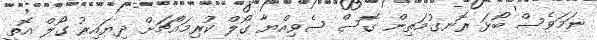
ނަމަވެސް ބޯޅަ ރޮނގުމަތިން ގޮސް ސެވިއްޔާ ގޯލް ކުރިމައްޗަށް ދިޔައިރު ގޯލް އޮތީ